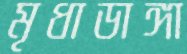
মৃধাডাঙ্গা